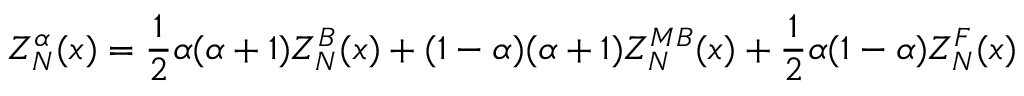
Z _ { N } ^ { \alpha } ( x ) = \frac { 1 } { 2 } \alpha ( \alpha + 1 ) Z _ { N } ^ { B } ( x ) + ( 1 - \alpha ) ( \alpha + 1 ) Z _ { N } ^ { M B } ( x ) + \frac { 1 } { 2 } \alpha ( 1 - \alpha ) Z _ { N } ^ { F } ( x )